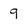
Character: 9